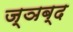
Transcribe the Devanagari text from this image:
ज्ञब्द